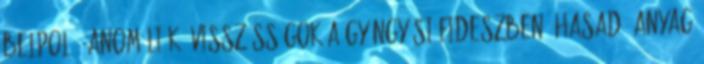
Belpol - Anomáliák, visszásságok a gyöngyösi Fideszben: Hasadó anyag